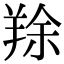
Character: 䍱